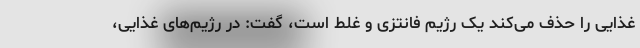
غذایی را حذف می‌کند یک رژِیم فانتزی و غلط است، گفت: در رژیم‌های غذایی،